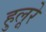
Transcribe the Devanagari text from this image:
हुलूरे